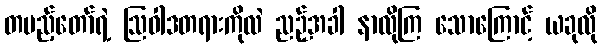
တပည့်တော်ရဲ့ ဩဝါဒတရားကိုလဲ ညဉ့်အခါ နာလိုကြ သောကြောင့် ယခုလို